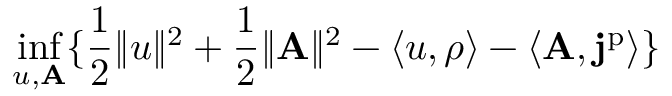
\operatorname* { i n f } _ { u , \mathbf { A } } \{ \frac { 1 } { 2 } \| u \| ^ { 2 } + \frac { 1 } { 2 } \| \mathbf { A } \| ^ { 2 } - \langle u , \rho \rangle - \langle \mathbf { A } , \mathbf { j } ^ { \mathrm { p } } \rangle \}